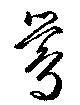
鶯